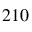
^ { 2 1 0 }